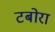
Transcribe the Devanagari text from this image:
टबोरा